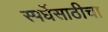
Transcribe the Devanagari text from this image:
स्पर्धेसाठीचा